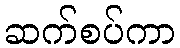
ဆက်စပ်ကာ